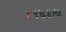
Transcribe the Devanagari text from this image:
१९७४ला